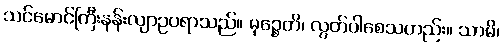
သင်မောင်ကြီးနန်းလျာဥပရာသည်။ မုဉ္စေတိ၊ လွတ်ပါစေသတည်း။ သာမိ၊